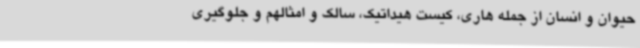
حیوان و انسان از جمله هاری، کیست هیداتیک، سالک و امثالهم و جلوگیری